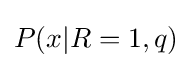
P(x|R=1,q)